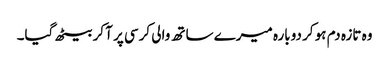
وہ تازہ دم ہو کر دوبارہ میرے ساتھ والی کرسی پر آ کر بیٹھ گیا۔